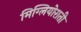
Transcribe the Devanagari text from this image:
मिग्लियोराती